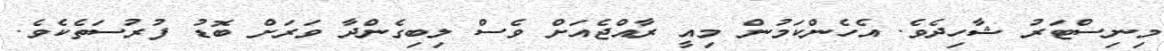
މިނިސްޓަރު ޝާހިދެވެ. އެހެންކަމުން މިއީ ރާއްޖެއަށް ވެސް ލިބިގެންދާ ވަރަށް ބޮޑު ފުރުސަތެކެވެ.